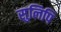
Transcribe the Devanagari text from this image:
सुलिपि